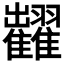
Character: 𱁐